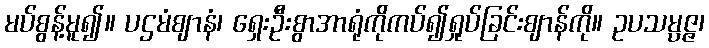
မပ်စွန့်မူ၍။ ပဌမံဈာနံ၊ ရှေးဦးစွာအာရုံကိုကပ်၍ရှုပ်ခြင်းဈာန်ကို။ ဥပသမ္ပဇ္ဇ၊